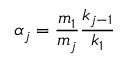
\alpha _ { j } = \frac { m _ { 1 } } { m _ { j } } \frac { k _ { j - 1 } } { k _ { 1 } }